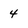
Character: 4